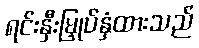
ရင်းနှီးမြှုပ်နှံထားသည်